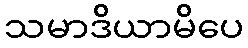
သမာဒိယာမိပေ